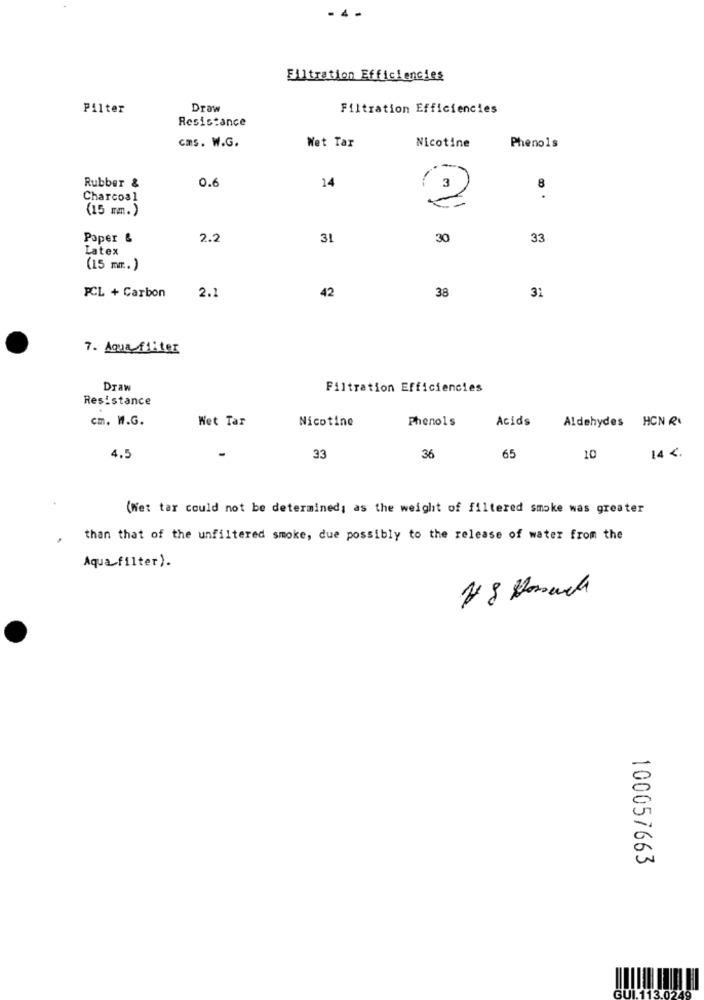
- 4
Filtration Efficiencies
Filter
Draw
Filtration Efficiencies
Resistance
Nicotine
cms. W.G.
Wet Tar
Phenols
14
Rubber &
8
Charcoal
(15 mm.)
Paper &
2.2
31
30
33
Latex
(15 mm. )
PCL + Carbon
42
38
31
2.1
7. Aqua filter
Draw
Filtration Efficiencies
Resistance
cm. W.G.
Het Tar
Nicotine
Phenols
Acids
Aldehydes HON R
4.5
33
36
65
10
14 4 .
(Wet tar could not be determined; as the weight of filtered smoke was greater
than that of the unfiltered smoke, due possibly to the release of water from the
Aqua filter).
100057663
GUL113.054